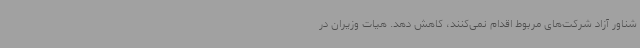
شناور آزاد شرکت‌های مربوط اقدام نمی‌کنند، کاهش دهد. هیات وزیران در